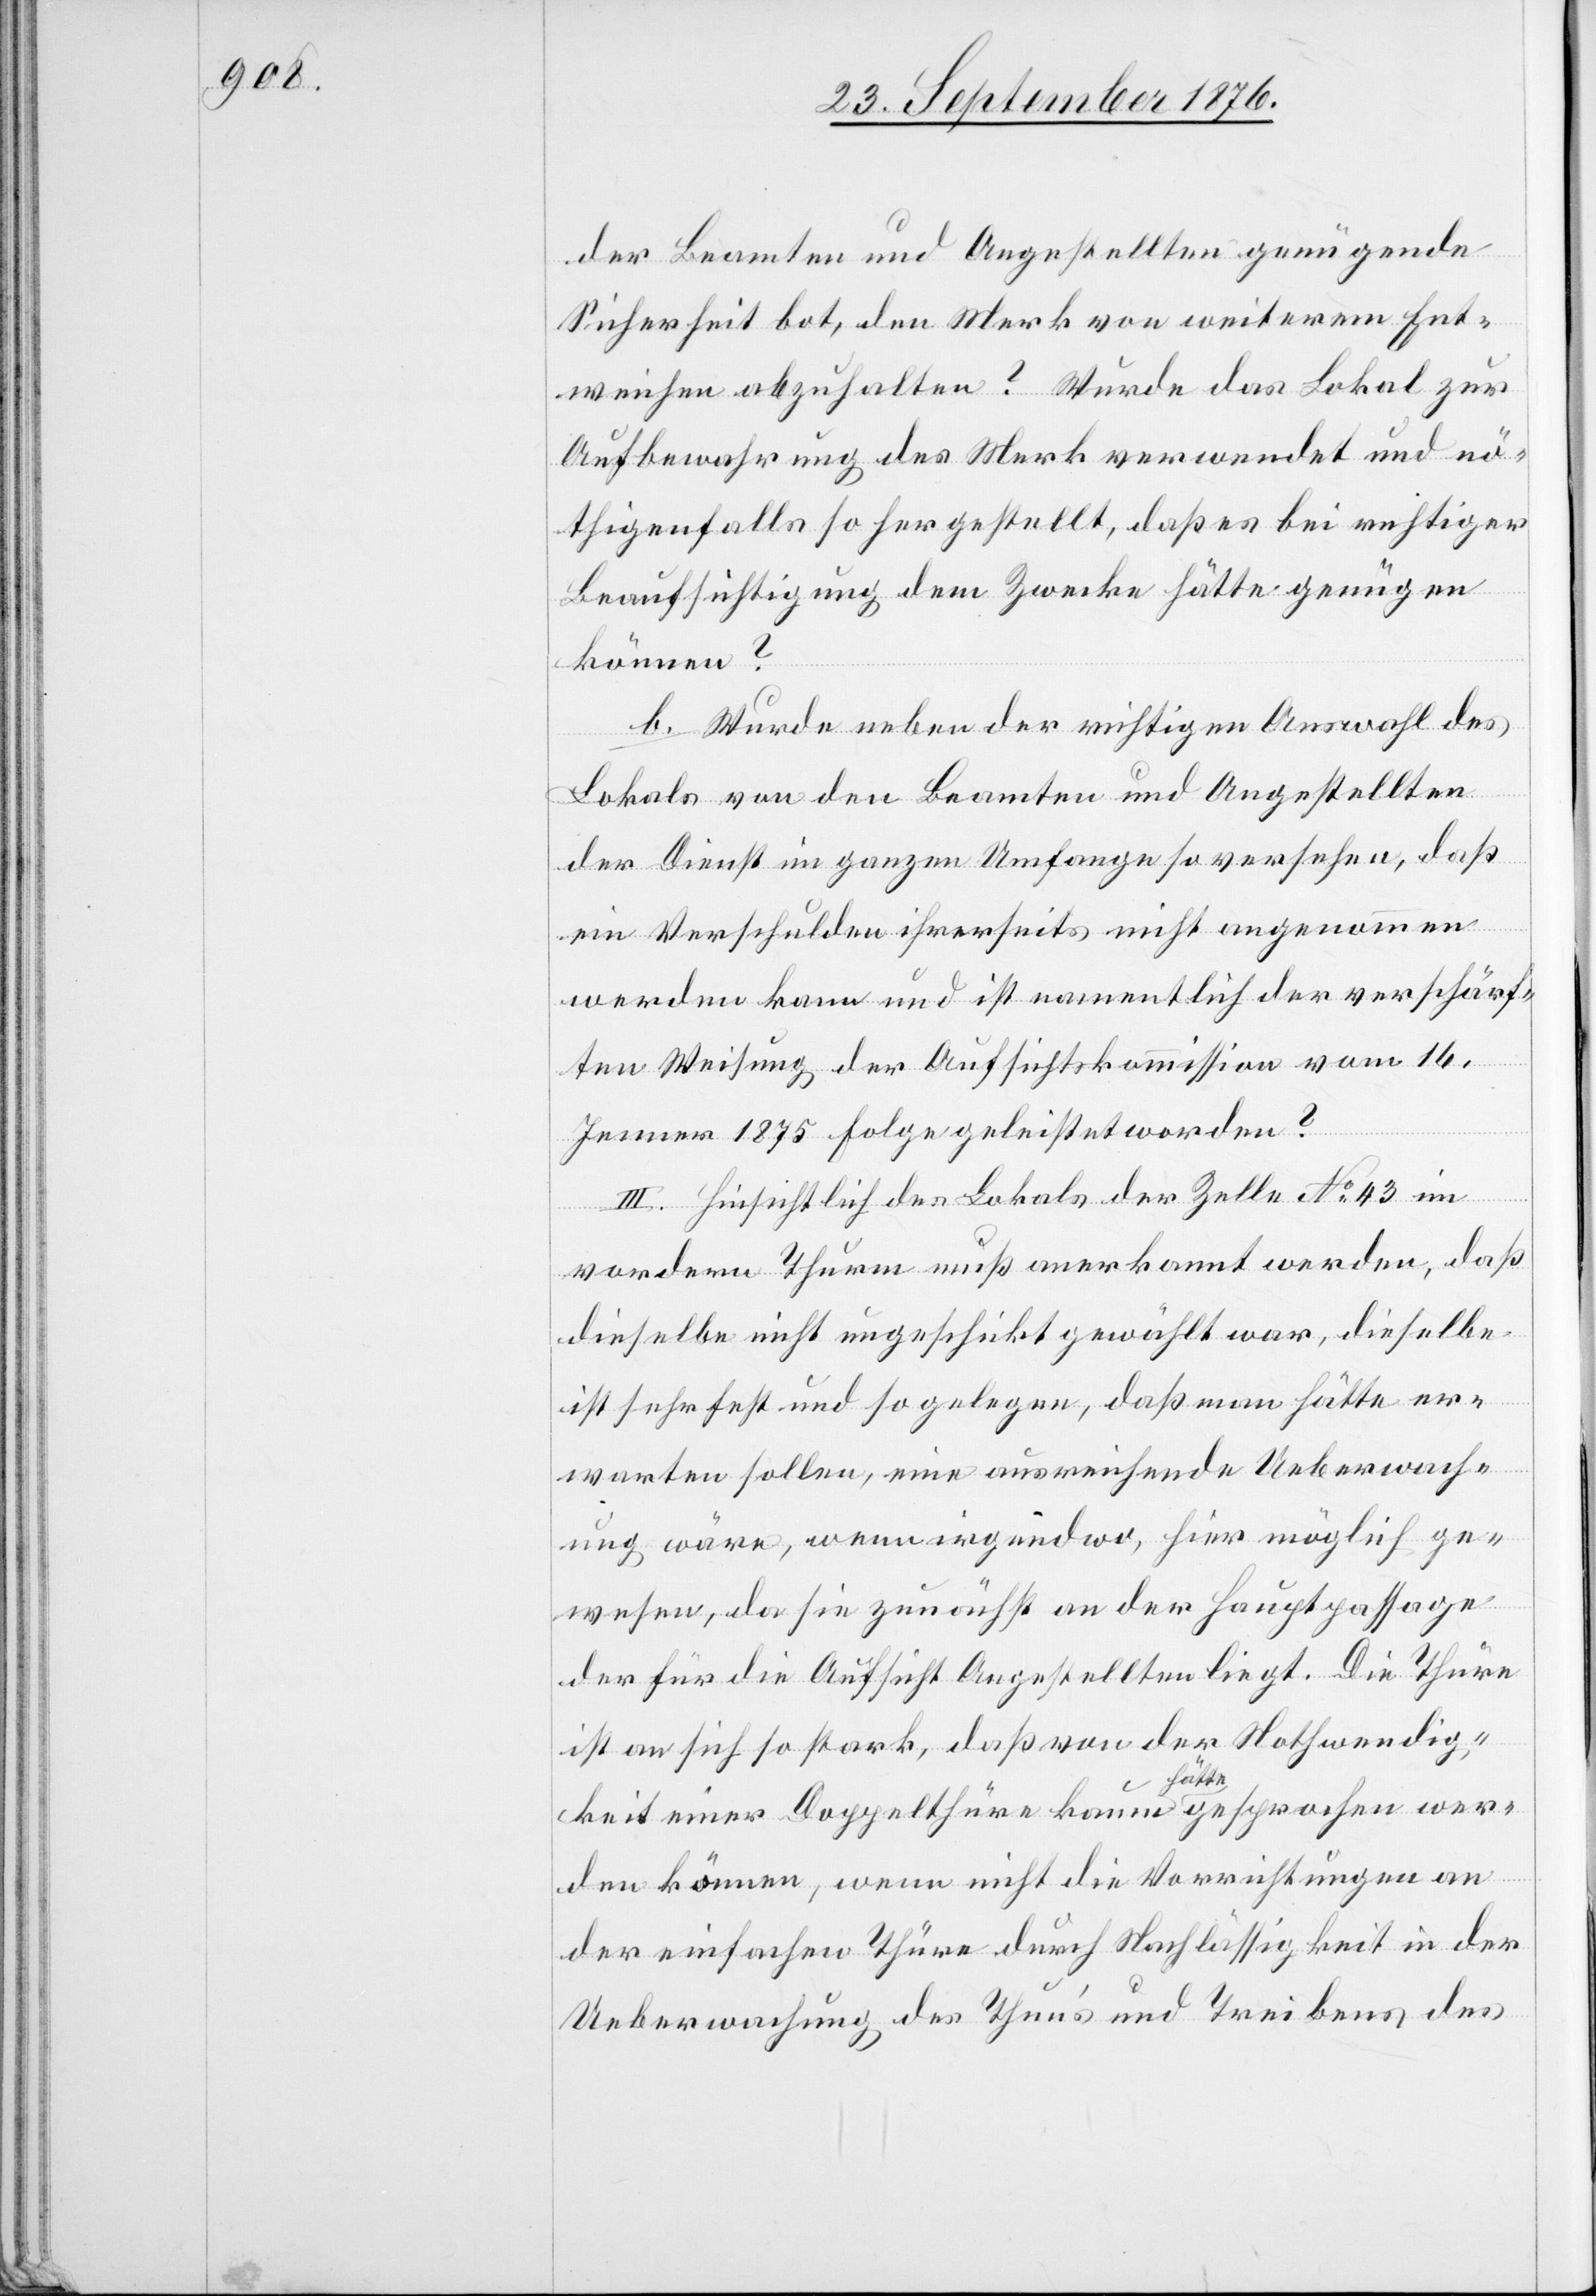
der Beamten und Angestellten genügende
Sicherheit bot, den Merk von weiterem Ent¬
weichen abzuhalten? Wurde das Lokal zur
Aufbewahrung des Merk verwendet und nö¬
thigenfalls so hergestellt, daß es bei richtiger
Beaufsichtigung dem Zwecke hätte genügen
können?
b. Wurde neben der richtigen Auswahl des
Lokals von den Beamten und Angestellten
der Dienst im ganzen Umfange so versehen, daß
ein Verschulden ihrerseits nicht angenommen
werden kann und ist namentlich der verschärf¬
ten Weisung der Aufsichtskommission vom 16.
Jenner 1875 Folge geleistet worden?
III. Hinsichtlich des Lokals der Zelle No 43 im
vordern Thurm muß anerkannt werden, daß
dieselbe nicht ungeschickt gewählt war, dieselbe
ist sehr fest und so gelegen, daß man hätte er¬
warten sollen, eine ausreichende Ueberwach¬
ung wäre, wenn irgendwo, hier möglich ge¬
wesen, da sie zunächst an der Hauptpassage
der für die Aufsicht Angestellten liegt. Die Thüre
ist an sich so stark, daß von der Nothwendig¬
keit einer Doppelthüre kaum a hätte a gesprochen wer¬
den können, wenn nicht die Vorrichtungen an
der einfachen Thüre durch Nachlässigkeit in der
Ueberwachung des Thun’s und Treibens des